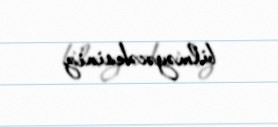
bilməyəcəksiniz.